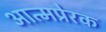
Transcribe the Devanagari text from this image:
आत्मप्रेरक